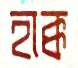
হাক্ক